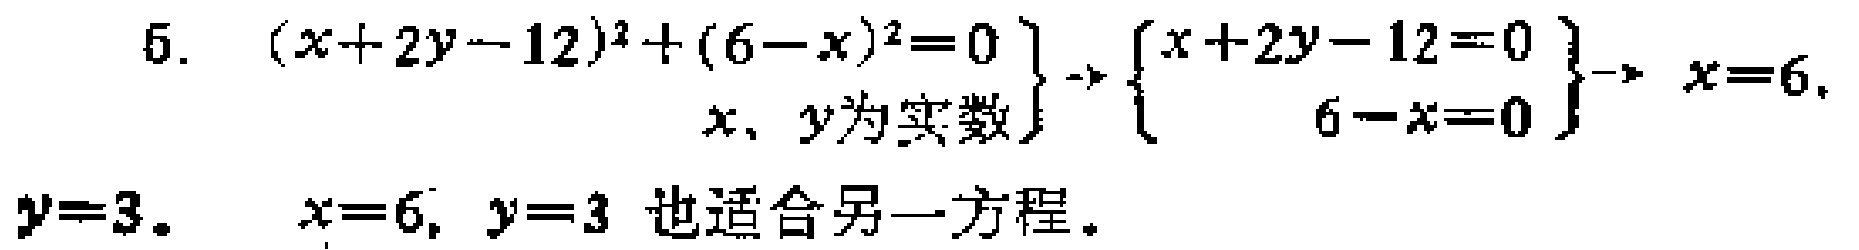
\[
\begin{align*}
& \left.\begin{array}{c}
(x + 2y - 12)^2+(6 - x)^2 = 0\\
x,y\text{ 为实数}
\end{array}\right\} \to
\left\{\begin{array}{c}
x + 2y - 12 = 0\\
6 - x = 0
\end{array}\right\} \to x = 6,\\
&y = 3.\quad x = 6,y = 3\text{ 也适合另一方程}.
\end{align*}
\]